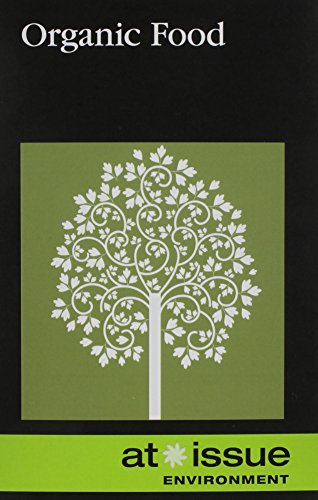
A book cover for Organic Food (At Issue); Amy Francis; Teen & Young Adult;